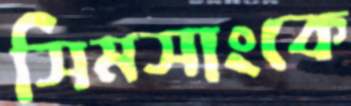
সিমসাংকে